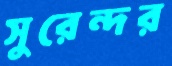
সুরেন্দর